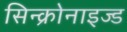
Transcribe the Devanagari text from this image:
सिन्क्रोनाइज्ड